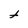
Character: t